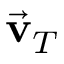
\vec { \bf v } _ { T }